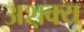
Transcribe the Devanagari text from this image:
अश़क्य